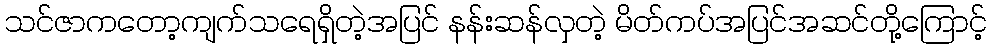
သင်ဇာကတော့ကျက်သရေရှိတဲ့အပြင် နန်းဆန်လှတဲ့ မိတ်ကပ်အပြင်အဆင်တို့ကြောင့်